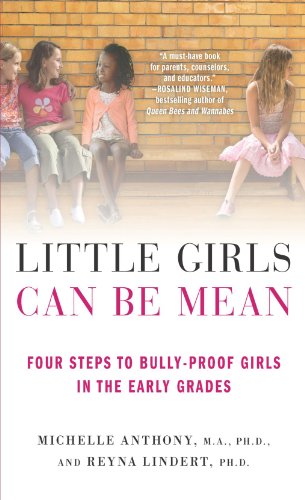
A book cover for Little Girls Can Be Mean: Four Steps to Bully-proof Girls in the Early Grades; Michelle Anthony; Parenting & Relationships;